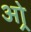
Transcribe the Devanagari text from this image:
ओर्‍